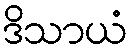
ဒိသာယံ